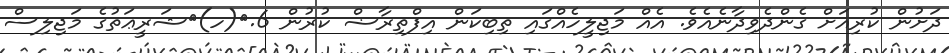
ދަށުން ކުރިއަށް ގެންދެވިދާނެއެވެ. އެއް މަޖިލީހެއްގައި ތިބިކަން އިފްތިރާޟް ކުރުން 6.	(ހ)	ޝަރީޢަތުގެ މަޖިލިސް